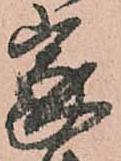
家